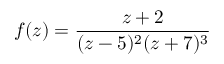
f ( z ) = { \frac { z + 2 } { ( z - 5 ) ^ { 2 } ( z + 7 ) ^ { 3 } } }